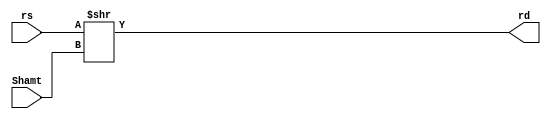

module srl (rs,Shamt,rd);
	input [31:0] rs;
	input [4:0] Shamt;
	output [31:0] rd ;
	assign {rd} = rs >> Shamt ;
endmodule